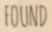
FOUND